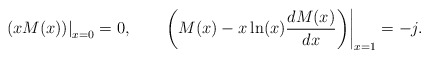
\begin{align*}\left.\left(xM(x)\right)\right|_{x=0}=0, \qquad\left.\left(M(x) -x \ln(x)\frac{d M(x)}{d x}\right)\right|_{x=1}=-j.\end{align*}